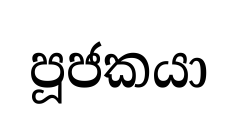
පූජකයා